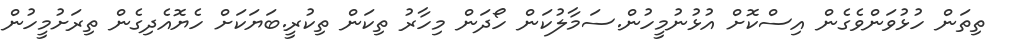
ތިތަން ހުޅުވަންވެގެން އިސްކޮށް އުޅުނުމީހުން.ސަމާލުކަން ހޯދަން މިހާރު ތިކަން ތިކުރީ.ބަޔަކަށް ހެޔޮއެދިގެން ތިރަށުމީހުން